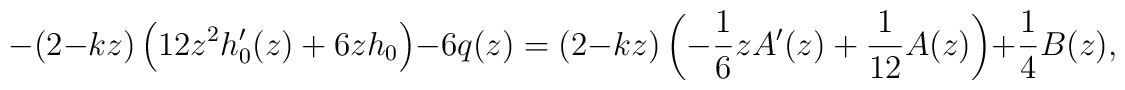
-(2-kz)\left(12z^2h_0'(z)+6zh_0\right)-6q(z)=(2-kz)\left(-\frac{1}{6}zA'(z)+\frac{1}{12}A(z)\right)+\frac{1}{4}B(z),